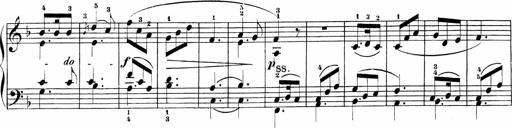
Title: Sonatinen Op.47, 98 und 136, nebst 6 Liedersonatinen
Composer: Carl Reinecke